Vaccination in the Punjab 1919-1929 - 1919-1929
Year: 1919
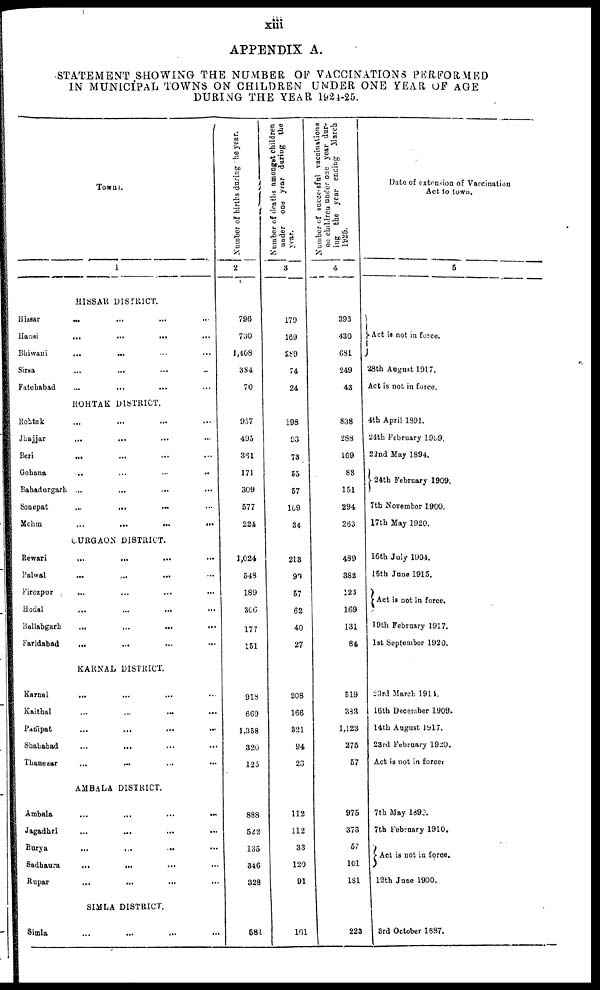
xiii
APPENDIX A.
STATEMENT SHOWING THE NUMBER OF VACCINATIONS PERFORMED
IN MUNICIPAL TOWNS ON CHILDREN UNDER ONE YEAR OF AGE
DURING THE YEAR 1924-25.
Towns.
1
HISSAR DISTRICT.
Hissar ... ... ... ...
Hansi
...
...
...
...
Bhiwani
...
...
...
...
Sirsa
...
...
...
...
Fatehabad ... ... ... ...
ROHTAK DISTRICT.
Rohtak
...
...
...
...
Jhajjar ... ... ... ...
Beri ... ... ... ...
Gohana ... ... ... ...
Bahadurgarh ... ... ... ...
Sonepat
...
...
...
...
Mehm
...
...
...
...
GURGAON DISTRICT.
Rewari
...
...
...
...
Palwal ... ... ... ...
Firozpur
...
...
...
...
Hodal ... ... ... ...
Ballabgarh ... ... ... ...
Faridabad ... ... ... ...
KARNAL DISTRICT.
Karnal
...
...
...
...
Kaithal
...
...
...
...
Panipat
...
...
...
...
Shahabad ... ... ... ...
Thanesar ... ... ... ...
AMBALA DISTRICT.
Ambala ... ... ... ...
Jagadhri
...
...
...
...
Burya
...
...
...
...
Sadhaura
...
...
...
...
Rupar ... ... ... ...
SIMLA DISTRICT.
Simla ... ... ... ...
Number of births during the year.
2
796
730
1,408
334
70
957
495
361
171
309
577
224
1,024
548
189
306
177
151
918
669
1,358
320
125
888
522
135
346
328
581
Number of deaths amongst children
under
one year during the
year.
3
179
169
289
74
24
198
93
73
55
57
109
34
213
99
57
62
40
27
208
166
321
94
23
112
112
33
120
91
161
Number of successful vaccinations
on children under one year dur-
ing the year ending March
1925.
4
393
430
681
249
43
838
288
169
83
151
294
263
489
382
123
169
131
84
519
383
1,123
275
57
975
373
57
101
181
223
Date of extension of Vaccination
Act to town.
5
Act is not in force.
28th August 1917.
Act is not in force.
4th April 1891.
24th February 1909.
22nd May 1894.
24th February 1909.
7th November 1900.
17th May 1920.
16th July 1904.
15th June 1915.
Act is not in force.
19th February 1917.
1st September 1920.
23rd March 1914.
16th December 1909.
14th August 1917.
23rd February 1920.
Act is not in force.
7th May 189 .
7th February 1910.
Act is not in force.
12th June 1900.
3rd October 1887.